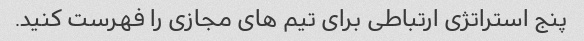
پنج استراتژی ارتباطی برای تیم های مجازی را فهرست کنید.